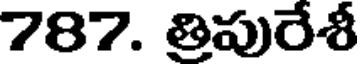
787. తిపురేశీ